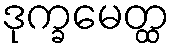
ဒုက္ခမေတ္ထ